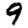
Digit: 9